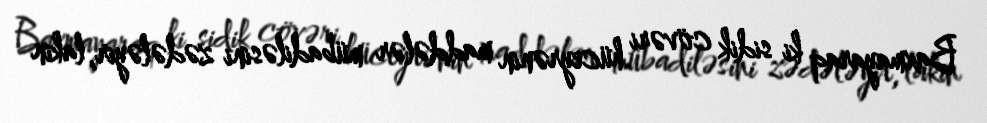
Baxmayaraq ki sidik cövəri hüceyrənin maddələr mübadiləsini zədələyir, lakin